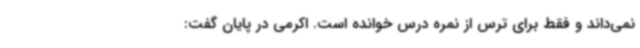
نمی‌داند و فقط برای ترس از نمره درس خوانده است. اکرمی در پایان گفت: